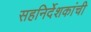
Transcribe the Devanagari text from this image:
सहनिर्देशकांची